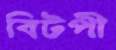
বিটপী